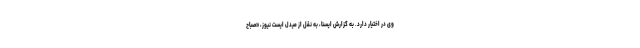
وی در اختیار دارد. به گزارش ایسنا، به نقل از میدل ایست نیوز، «صباح